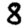
Digit: 8